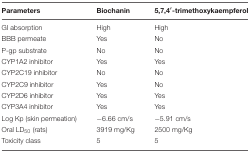
| Parameters | Biochanin | 5,7,4′-trimethoxykaempferol |
 | --- | --- | --- |
 | GI absorption | High | High |
 | BBB permeate | Yes | No |
 | P-gp substrate | No | No |
 | CYP1A2 inhibitor | Yes | Yes |
 | CYP2C19 inhibitor | No | No |
 | CYP2C9 inhibitor | Yes | No |
 | CYP2D6 inhibitor | Yes | Yes |
 | CYP3A4 inhibitor | Yes | Yes |
 | Log Kp (skin permeation) | –6.66 cm/s | –5.91 cm/s |
 | Oral LD50 (rats) | 3919 mg/Kg | 2500 mg/Kg |
 | Toxicity class | 5 | 5 |